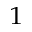
^ 1